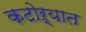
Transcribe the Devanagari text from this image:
कटोऱ्यात